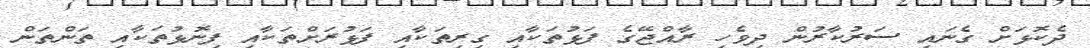
ދެކޮޅަށް ގެނައި ސަރުކާރުން ދިވެހި ރާއްޖޭގެ ފަޅުތަކާއި ގިރިތަކާއި ފަޅުރަށްތަކާއި ފިނޮޅުތަކާއި ތަންތަން